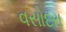
વસોદરા